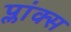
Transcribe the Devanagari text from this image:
प्लांक्स